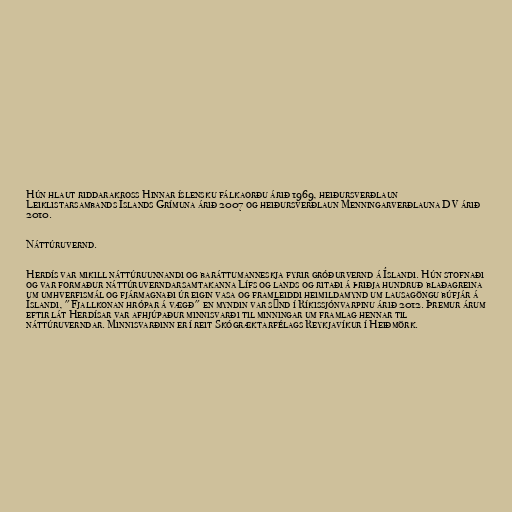
Hún hlaut riddarakross Hinnar íslensku fálkaorðu árið 1969, heiðursverðlaun
Leiklistarsambands Íslands Grímuna árið 2007 og heiðursverðlaun Menningarverðlauna DV árið
2010.

Náttúruvernd.

Her­dís var mik­ill nátt­úru­unn­andi og baráttumanneskja fyr­ir gróður­vernd á Íslandi. Hún stofnaði
og var formaður nátt­úru­vernd­ar­sam­tak­anna Lífs og lands og ritaði á þriðja hundruð blaðagreina
um umhverfismál og fjármagnaði úr eigin vasa og framleiddi heimildamynd um lausagöngu búfjár á
Íslandi, "Fjallkonan hrópar á vægð" en myndin var sýnd í Ríkissjónvarpinu árið 2012. Þremur árum
eftir lát Herdísar var afhjúpaður minnisvarði til minningar um framlag hennar til
náttúruverndar. Minnisvarðinn er í reit Skógræktarfélags Reykjavíkur í Heiðmörk.